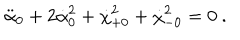
\ddot { \alpha } _ { 0 } + 2 \dot { \alpha } _ { 0 } ^ { 2 } + \dot { \chi } _ { + 0 } ^ { 2 } + \dot { \chi } _ { - 0 } ^ { 2 } = 0 \ .